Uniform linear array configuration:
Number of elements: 48
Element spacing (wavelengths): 0.25
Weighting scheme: cosine
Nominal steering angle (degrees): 0
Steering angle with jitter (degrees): -1.997
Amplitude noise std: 0.05
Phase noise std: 0.05

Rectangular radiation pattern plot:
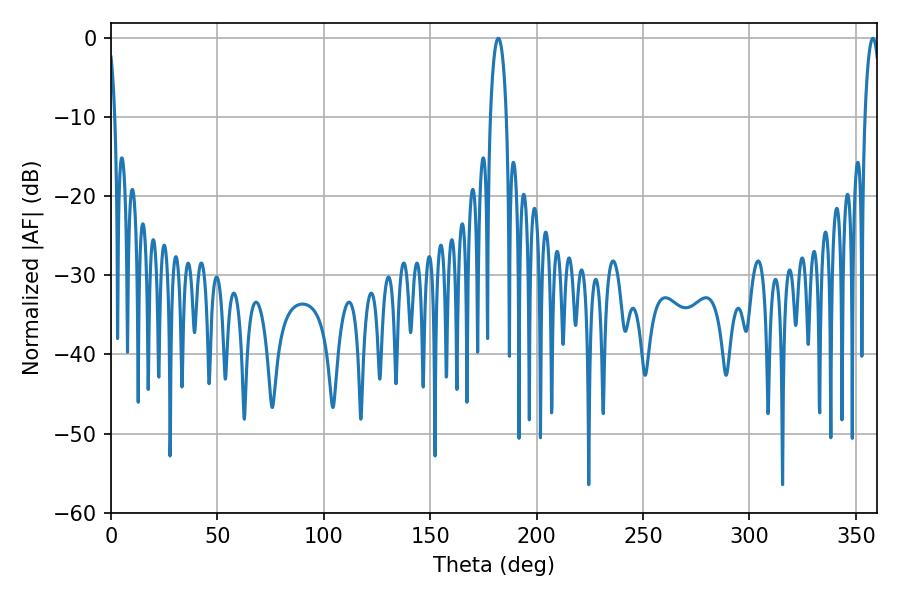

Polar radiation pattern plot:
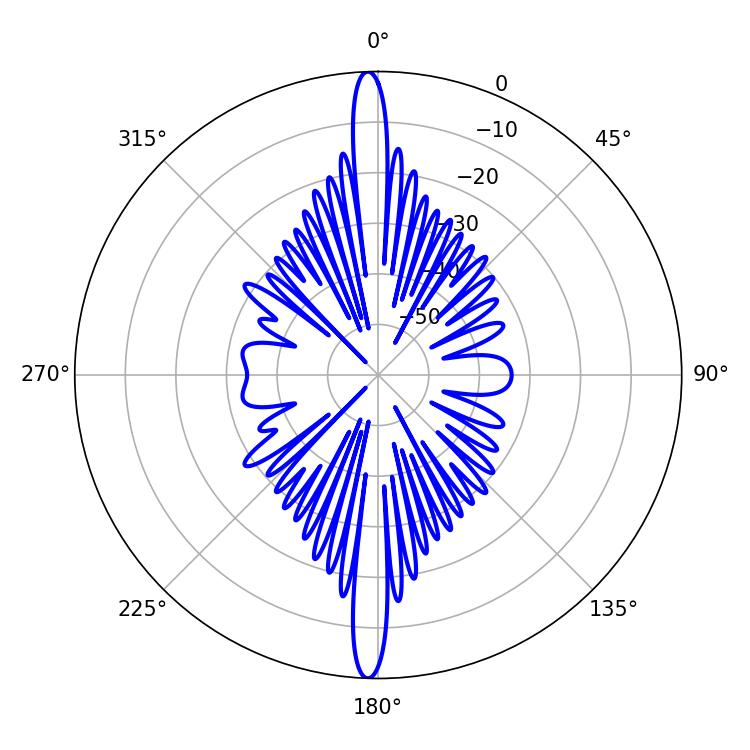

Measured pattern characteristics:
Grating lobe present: FALSE
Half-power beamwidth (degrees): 4.32
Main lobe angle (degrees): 181.98